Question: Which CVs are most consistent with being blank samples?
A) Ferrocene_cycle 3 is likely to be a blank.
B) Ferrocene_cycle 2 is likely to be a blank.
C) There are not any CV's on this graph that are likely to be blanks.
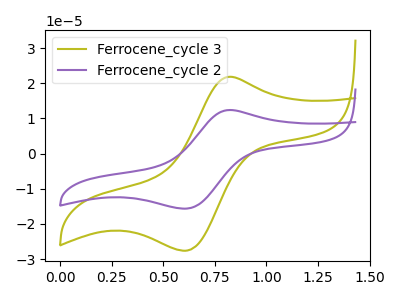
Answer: <think>The olive curve "Ferrocene_cycle 3" has an anodic peak at (0.80V, 21.80uA) and a cathodic peak at (0.60V, -27.60uA). The purple curve "Ferrocene_cycle 2" has an anodic peak at (0.80V, 12.35uA) and a cathodic peak at (0.60V, -15.65uA).</think>
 <answer>C) There are not any CV's on this graph that are likely to be blanks.</answer>
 <eval>C</eval>